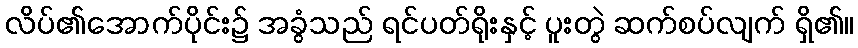
လိပ်၏အောက်ပိုင်း၌ အခွံသည် ရင်ပတ်ရိုးနှင့် ပူးတွဲ ဆက်စပ်လျက် ရှိ၏။